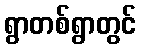
ရွာတစ်ရွာတွင်